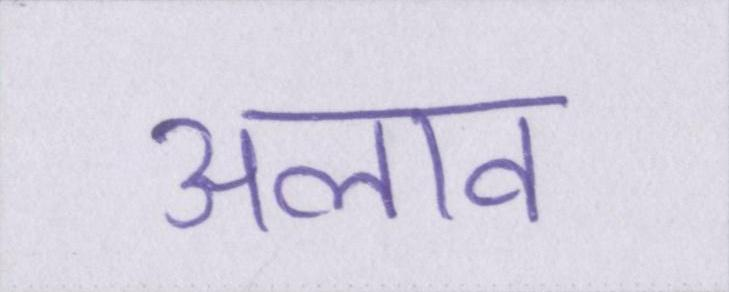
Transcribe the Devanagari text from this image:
अलाव